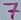
Text: 7